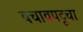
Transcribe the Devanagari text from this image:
बचावपटूचा